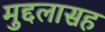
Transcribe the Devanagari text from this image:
मुद्दलासह